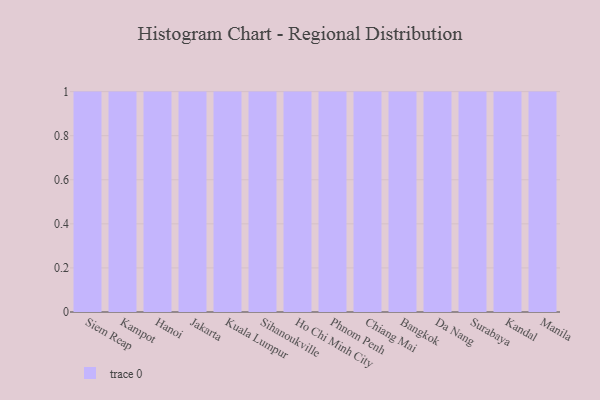
{"axis": {"x": "City", "y": "Operating Costs (USD K)"}, "legend": [""], "data": [{"x": "Siem Reap", "y": 36, "type": ""}, {"x": "Kampot", "y": 13, "type": ""}, {"x": "Hanoi", "y": 43, "type": ""}, {"x": "Jakarta", "y": 48, "type": ""}, {"x": "Kuala Lumpur", "y": 62, "type": ""}, {"x": "Sihanoukville", "y": 53, "type": ""}, {"x": "Ho Chi Minh City", "y": 39, "type": ""}, {"x": "Phnom Penh", "y": 24, "type": ""}, {"x": "Chiang Mai", "y": 60, "type": ""}, {"x": "Bangkok", "y": 22, "type": ""}, {"x": "Da Nang", "y": 91, "type": ""}, {"x": "Surabaya", "y": 30, "type": ""}, {"x": "Kandal", "y": 82, "type": ""}, {"x": "Manila", "y": 17, "type": ""}]}